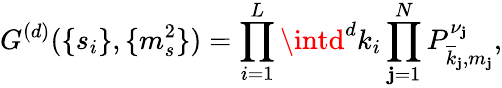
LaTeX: G^{(d)}(\{ s_{i}\} ,\{ m_{s}^{2}\} )=\prod_{i=1}^{L}\intd^{d}k_{i}\prod_{\mathbf{j}=1}^{N}P_{\overline{{{{k}}}}_{\mathbf{j}},m_{\mathbf{j}}}^{\nu_{\mathbf{j}}},